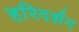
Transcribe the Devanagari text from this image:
हरिदर्शन